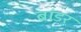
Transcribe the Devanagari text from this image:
ब्रांडर